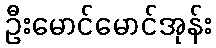
ဦးမောင်မောင်အုန်း